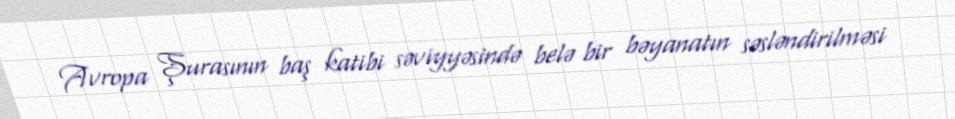
Avropa Şurasının baş katibi səviyyəsində belə bir bəyanatın səsləndirilməsi